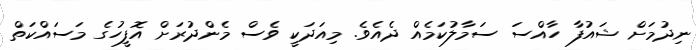
ނިދުމަށް ޝައުފާ ހާއްސަ ސަމާލުކަމެއް ދެއެވެ. މިއަދަކީ ވެސް މެންދުރަށް އޮފީހުގެ މަސައްކަތް